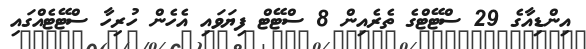
އިންޑިއާގެ 29 ސްޓޭޓްގެ ތެރެއިން 8 ސްޓޭޓް ފިޔަވައި އެހެން ހުރިހާ ސްޓޭޓެއްގައި